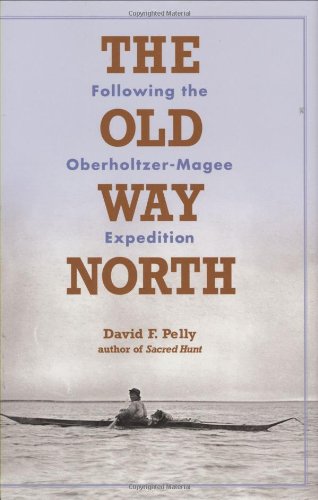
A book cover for The Old Way North: Following the Oberholtzer-Magee Expedition; David Pelly; History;